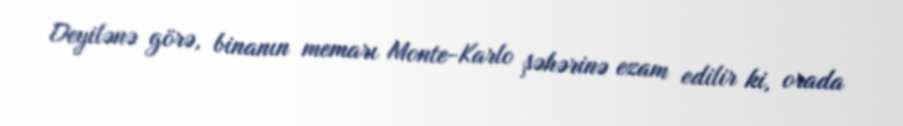
Deyilənə görə, binanın memarı Monte-Karlo şəhərinə ezam edilir ki, orada